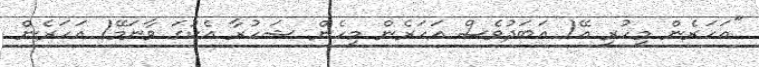
"އަހަރެން މިހުރީ އޭ! އަަބަދުވެސް އަހަރެން މިހެން ޝަހުރާ އެކުގަ ވާނަމޭ! އަހަރެން